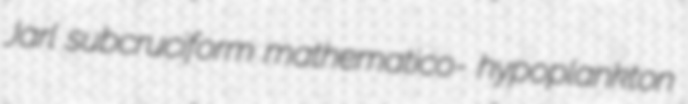
Jarl subcruciform mathematico- hypoplankton